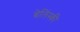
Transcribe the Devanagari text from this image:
बेलिंस्की